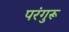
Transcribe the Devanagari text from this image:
परंगुरू